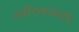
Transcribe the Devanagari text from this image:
नवीनतावादी।